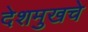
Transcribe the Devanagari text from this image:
देशमुखचे